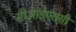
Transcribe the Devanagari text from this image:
सीआईएससी